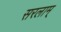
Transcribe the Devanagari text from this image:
सरलाम्